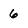
Character: 6